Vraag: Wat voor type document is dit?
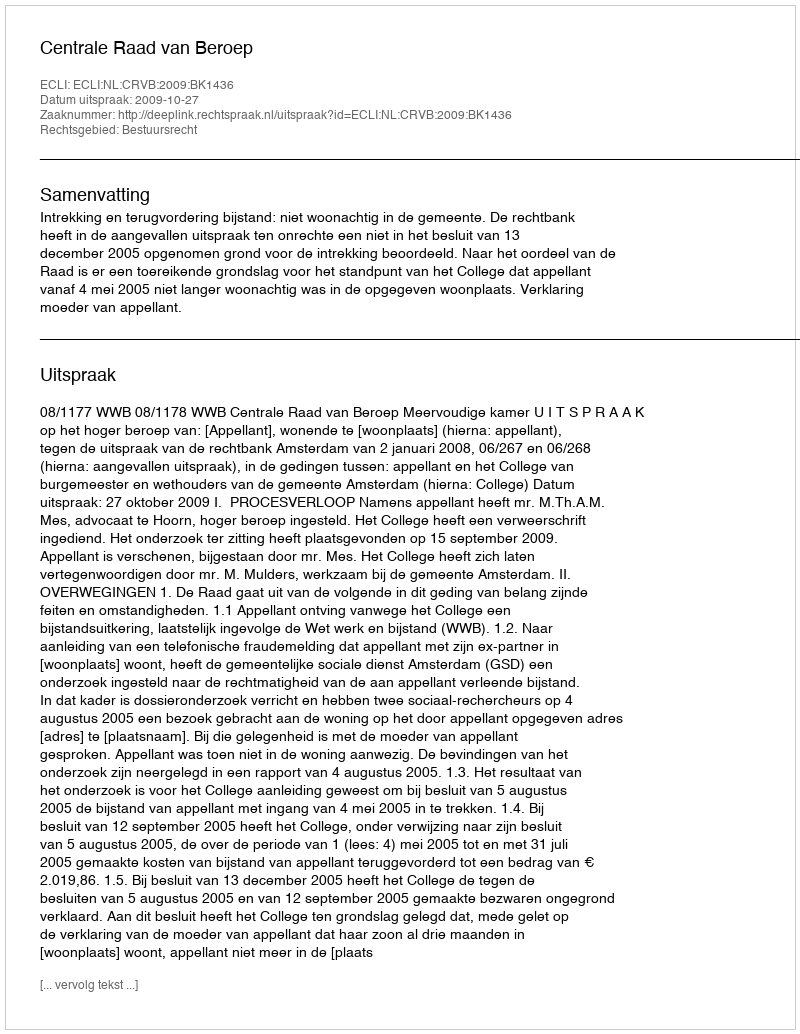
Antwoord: Uitspraak